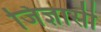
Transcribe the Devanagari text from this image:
जिज्ञासी